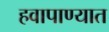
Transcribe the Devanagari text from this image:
हवापाण्यात